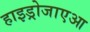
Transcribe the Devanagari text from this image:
हाइड्रोजाएआ